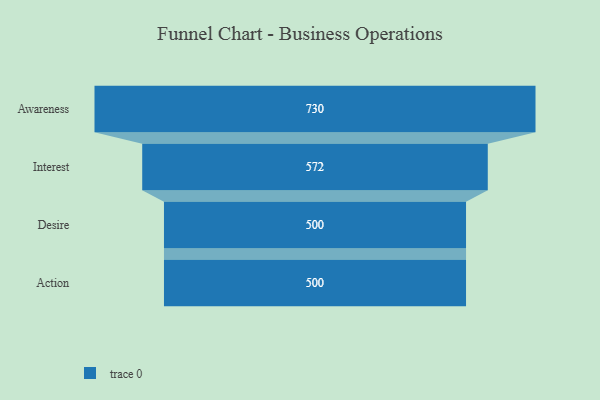
{"axis": {"x": "Stage", "y": "Value"}, "legend": [""], "data": [{"x": "Awareness", "y": 730.0, "type": ""}, {"x": "Interest", "y": 572.0, "type": ""}, {"x": "Desire", "y": 500, "type": ""}, {"x": "Action", "y": 500, "type": ""}]}